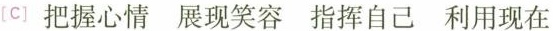
[c]把握心情展现笑容指挥自己利用现在